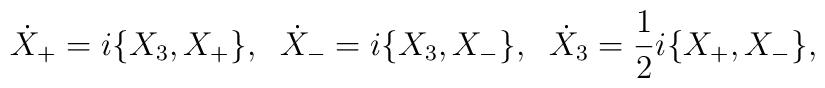
\dot{X}_+=i\{X_3,X_+\}, \;\;\dot{X}_-=i\{X_3,X_-\}, \;\;\dot{X}_3=\frac{1}{2}i\{X_+,X_-\},